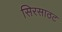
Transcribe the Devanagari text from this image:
सिरसाठट